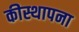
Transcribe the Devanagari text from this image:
कीस्थापना